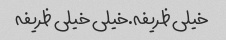
خیلی ظریفه.خیلی خیلی ظریفه